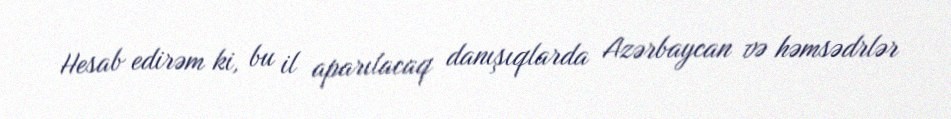
Hesab edirəm ki, bu il aparılacaq danışıqlarda Azərbaycan və həmsədrlər